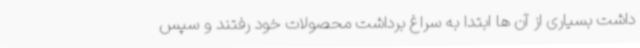
داشت بسیاری از آن ها ابتدا به سراغ برداشت محصولات خود رفتند و سپس